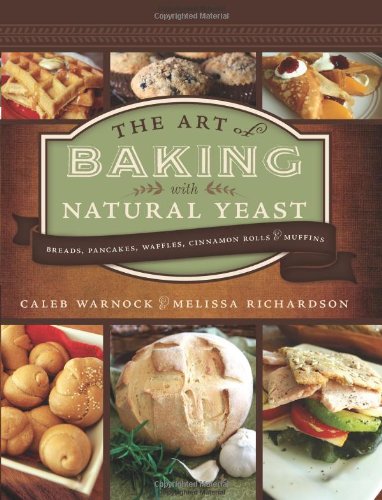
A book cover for The Art of Baking with Natural Yeast: Breads, Pancakes, Waffles, Cinnamon Rolls and Muffins; Caleb Warnock; Cookbooks, Food & Wine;